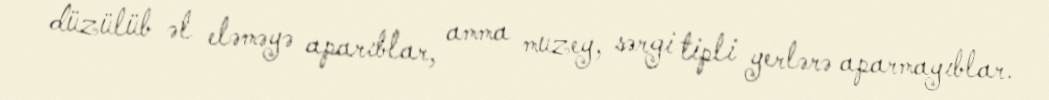
düzülüb əl eləməyə aparıblar, amma muzey, sərgi tipli yerlərə aparmayıblar.